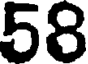
58